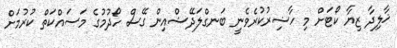
ޚާލިދާ ޒިޔާ ކޯޓަށް މި ހާޟިރުކުރެވެނީ ބަނގްލަދޭޝްއިން ގޭސް ހޯދުމުގެ މަސައްކަތް ކުރުމަށް